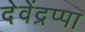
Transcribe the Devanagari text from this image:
देवेंद्रप्पा